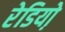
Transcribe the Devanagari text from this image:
रेडियो़